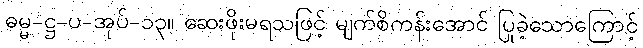
ဓမ္မ-ဋ္ဌ-ပ-အုပ်-၁၃။ ဆေးဖိုးမရသဖြင့် မျက်စိကန်းအောင် ပြုခဲ့သောကြောင့်